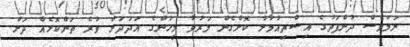
ނަމަވެސް ދުންފަތުގެ އިސްތިއުމާލު ކޮށްގެން މަރުވާ މީހުންގެ އަދަދަށް ވުރެ ތަންކޮޅެއް ދަށް